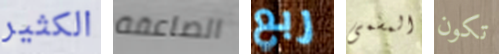
الكثير الصاعقة ربع المسمى تكون